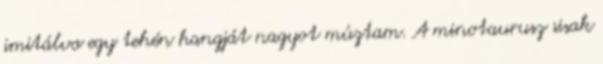
imitálva egy tehén hangját nagyot múztam. A minotaurusz sisak